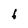
Character: 6